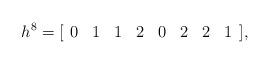
LaTeX: \begin{align*}h^{8} = [\begin{array}{cccccccc} 0 & 1 & 1 & 2 & 0 & 2 & 2 & 1 \\ \end{array}],\end{align*}